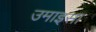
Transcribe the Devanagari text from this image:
उमाइसा